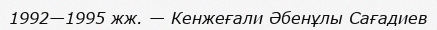
1992—1995 жж. — Кенжеғали Әбенұлы Сағадиев